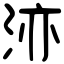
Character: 洂